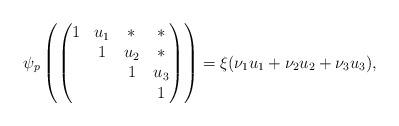
LaTeX: \begin{align*} \psi_p\left(\begin{pmatrix} 1&u_1&*&*\\ &1&u_2&*\\ &&1&u_3\\ &&&1\end{pmatrix}\right) = \xi( \nu_1 u_1+ \nu_2 u_2+ \nu_3 u_3),\end{align*}